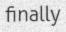
finally